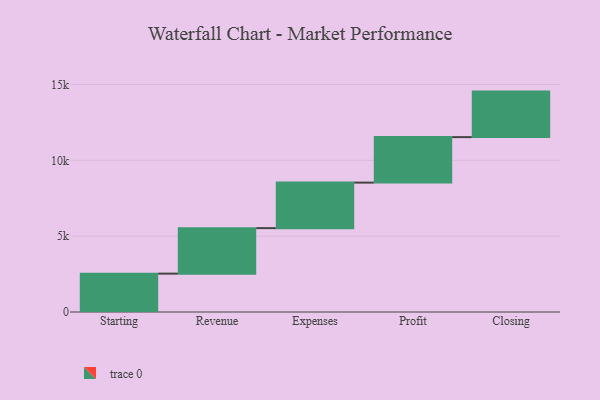
{"axis": {"x": "Step", "y": "Value"}, "legend": [""], "data": [{"x": "Starting", "y": 2529.0, "type": ""}, {"x": "Revenue", "y": 3000, "type": ""}, {"x": "Expenses", "y": 3000, "type": ""}, {"x": "Profit", "y": 3000, "type": ""}, {"x": "Closing", "y": 3000, "type": ""}]}